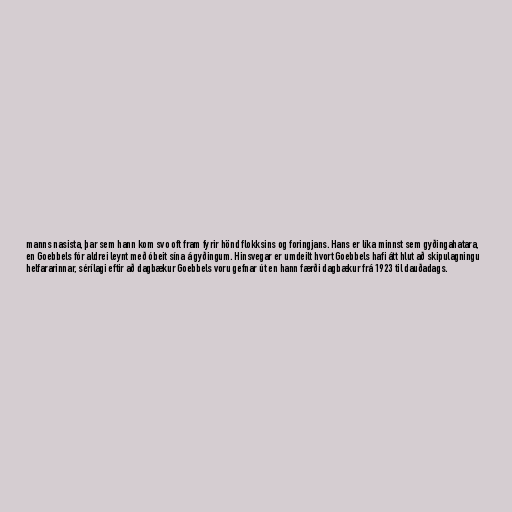
manns nasista, þar sem hann kom svo oft fram fyrir hönd flokksins og foringjans. Hans er líka minnst sem gyðingahatara,
en Goebbels fór aldrei leynt með óbeit sína á gyðingum. Hinsvegar er umdeilt hvort Goebbels hafi átt hlut að skipulagningu
helfararinnar, sérílagi eftir að dagbækur Goebbels voru gefnar út en hann færði dagbækur frá 1923 til dauðadags.